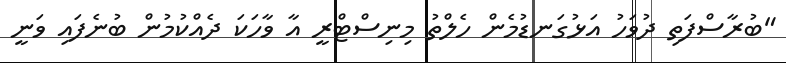
"ބުރާސްފަތި ދުވަހު އަޅުގަނޑުމެން ހެލްތު މިނިސްޓްރީ އާ ވާހަކަ ދެއްކުމުން ބުނެފައި ވަނީ